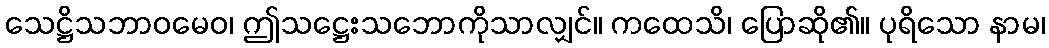
သေဋ္ဌိသဘာဝမေဝ၊ ဤသဋ္ဌေးသဘောကိုသာလျှင်။ ကထေသိ၊ ပြောဆို၏။ ပုရိသော နာမ၊